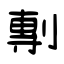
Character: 剸